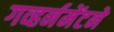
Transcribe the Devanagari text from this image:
गव्हर्नमेंटने